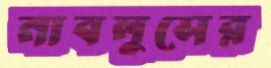
নাবলুসের